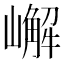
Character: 嶰